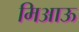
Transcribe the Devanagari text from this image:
मिआऊ